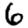
Digit: 6